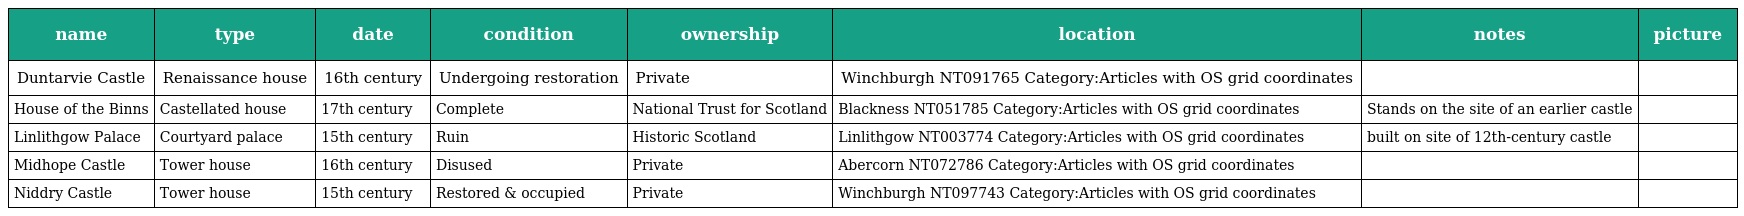
| name | type | date | condition | ownership | location | notes | picture |
 | --- | --- | --- | --- | --- | --- | --- | --- |
 | Duntarvie Castle | Renaissance house | 16th century | Undergoing restoration | Private | Winchburgh NT091765 Category:Articles with OS grid coordinates |  |  |
 | House of the Binns | Castellated house | 17th century | Complete | National Trust for Scotland | Blackness NT051785 Category:Articles with OS grid coordinates | Stands on the site of an earlier castle |  |
 | Linlithgow Palace | Courtyard palace | 15th century | Ruin | Historic Scotland | Linlithgow NT003774 Category:Articles with OS grid coordinates | built on site of 12th-century castle |  |
 | Midhope Castle | Tower house | 16th century | Disused | Private | Abercorn NT072786 Category:Articles with OS grid coordinates |  |  |
 | Niddry Castle | Tower house | 15th century | Restored & occupied | Private | Winchburgh NT097743 Category:Articles with OS grid coordinates |  |  |